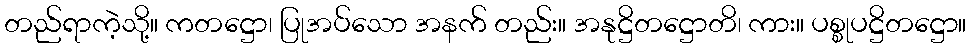
တည်ရာကဲ့သို့။ ကတဋ္ဌော၊ ပြုအပ်သော အနက် တည်း။ အနုဋ္ဌိတဋ္ဌောတိ၊ ကား။ ပစ္စုပဋ္ဌိတဋ္ဌော။